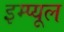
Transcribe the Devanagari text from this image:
इम्प्यूल